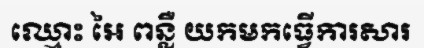
ឈ្មោះ អៃ ពន្លឺ យកមកធ្វើការសារ